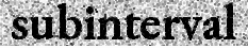
subinterval